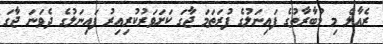
ރެއާލް މި މުބާރާތުގެ ފައިނަލުގެ ފުރަތަމަ ޖާގަ ކަށަވަރުކުރިއިރު ފައިނަލުގެ ދެވަނަ ޖާގަ